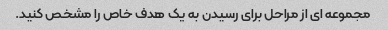
مجموعه ای از مراحل برای رسیدن به یک هدف خاص را مشخص کنید.